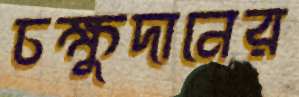
চক্ষুদানের